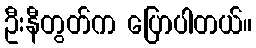
ဦးနီတွတ်က ပြောပါတယ်။